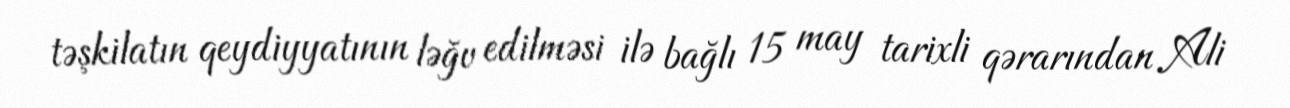
təşkilatın qeydiyyatının ləğv edilməsi ilə bağlı 15 may tarixli qərarından Ali